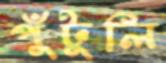
পুঁটুলি